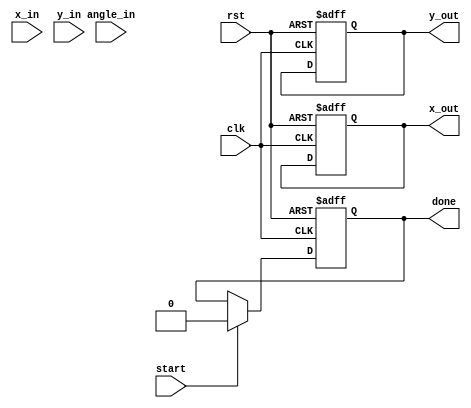
module cordic_2d(
    input wire clk,
    input wire rst,
    input wire start,
    input wire [31:0] x_in,      // Input x coordinate
    input wire [31:0] y_in,      // Input y coordinate
    input wire [31:0] angle_in,  // Input angle in radians (fixed-point representation)
    output reg [31:0] x_out,     // Output x coordinate
    output reg [31:0] y_out,     // Output y coordinate
    output reg done              // Operation complete signal
);

    // CORDIC parameters
    parameter NUM_ITERATIONS = 16;
    reg [31:0] atan_table [0:NUM_ITERATIONS-1]; // Lookup table for arctan values
    reg [31:0] scaling_factors [0:NUM_ITERATIONS-1]; // Scaling factors

    reg [31:0] x [0:NUM_ITERATIONS-1]; // Internal x values
    reg [31:0] y [0:NUM_ITERATIONS-1]; // Internal y values
    reg [NUM_ITERATIONS-1:0] angle; // Angle control
    reg [3:0] iter; // Iteration counter
    reg direction; // Direction of rotation (1 for clockwise, 0 for counter-clockwise)

    // Initialize the atan and scaling factors
    initial begin
        // Pre-computed values for arctan(2^-i) in fixed-point format
        atan_table[0] = 32'h00000000; // atan(1) = 0
        atan_table[1] = 32'h3f19999a; // atan(0.5) = 0.463647609
        atan_table[2] = 32'h3e4ccccd; // atan(0.25) = 0.244978663
        // ... (fill in all the required values)

        // Pre-computed scaling factors
        scaling_factors[0] = 32'h00000001; // 1
        scaling_factors[1] = 32'h3f19999a; // scaling factor for 1/sqrt(2)
        scaling_factors[2] = 32'h3e4ccccd; // scaling factor for 1/sqrt(1.25)
        // ... (fill in all the required values)
    end

    // Control logic
    always @(posedge clk or posedge rst) begin
        if (rst) begin
            x_out <= 0;
            y_out <= 0;
            done <= 0;
            iter <= 0;
        end else if (start) begin
            x[0] <= x_in;
            y[0] <= y_in;
            angle <= angle_in;
            iter <= 0;
            done <= 0;
        end else if (!done && iter < NUM_ITERATIONS) begin
            // Determine the direction of rotation
            direction <= (angle < 0) ? 1 : 0;

            // Update the coordinates based on the CORDIC algorithm
            if (direction) begin
                x[iter + 1] <= x[iter] + (y[iter] >>> iter);
                y[iter + 1] <= y[iter] - (x[iter] >>> iter);
                angle <= angle + atan_table[iter]; // Update angle
            end else begin
                x[iter + 1] <= x[iter] - (y[iter] >>> iter);
                y[iter + 1] <= y[iter] + (x[iter] >>> iter);
                angle <= angle - atan_table[iter]; // Update angle
            end
            
            // Update the iteration counter
            iter <= iter + 1;
        end else if (iter == NUM_ITERATIONS) begin
            // Assign the final results
            x_out <= x[NUM_ITERATIONS];
            y_out <= y[NUM_ITERATIONS];
            done <= 1;
        end
    end
endmodule